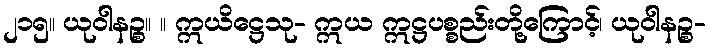
၂၁၅။ ယုဝါနဉ္စ။ ။ ဣယိဋ္ဌေသု- ဣယ ဣဋ္ဌပစ္စည်းတို့ကြောင့်၊ ယုဝါနဉ္စ-